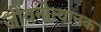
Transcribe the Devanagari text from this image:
जीवनोत्थानक